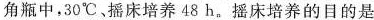
角瓶中，30^{\circ}C，摇床培养48h。摇床培养的目的是